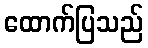
ထောက်ပြသည်